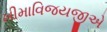
ખીમાવિજયજીએ